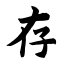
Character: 存